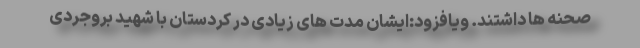
صحنه ها داشتند. ویافزود:ایشان مدت های زیادی در کردستان با شهید بروجردی